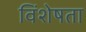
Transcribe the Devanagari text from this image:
विंशेषता